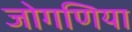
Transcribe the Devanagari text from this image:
जोगणिया